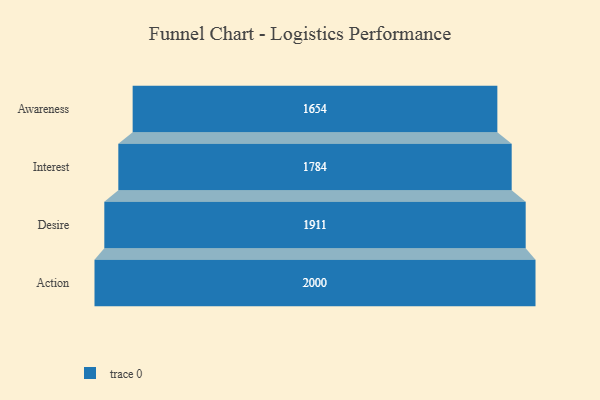
{"axis": {"x": "Stage", "y": "Value"}, "legend": [""], "data": [{"x": "Awareness", "y": 1654.0, "type": ""}, {"x": "Interest", "y": 1784.0, "type": ""}, {"x": "Desire", "y": 1911.0, "type": ""}, {"x": "Action", "y": 2000, "type": ""}]}